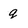
Character: g